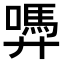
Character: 𭚜